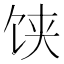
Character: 𩠃